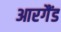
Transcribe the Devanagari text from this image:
आरगैंड